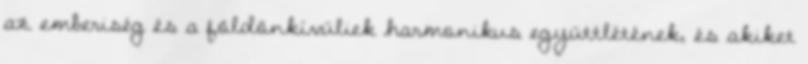
az emberiség és a földönkívüliek harmonikus együttlétének, és akiket